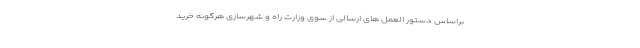
براساس دستور العمل های ارسالی از سوی وزارت راه و شهرسازی هرگونه خرید